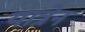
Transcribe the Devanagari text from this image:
यात्रेन